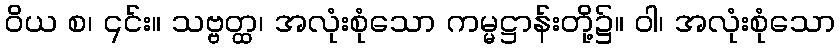
ဝိယ စ၊ ၎င်း။ သဗ္ဗတ္ထ၊ အလုံးစုံသော ကမ္မဋ္ဌာန်းတို့၌။ ဝါ၊ အလုံးစုံသော